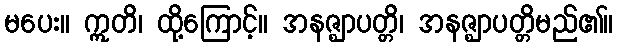
မပေး။ ဣတိ၊ ထို့ကြောင့်။ အနဇ္ဈာပတ္တိ၊ အနဇ္ဈာပတ္တိမည်၏။